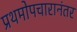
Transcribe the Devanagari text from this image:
प्रथमोपचारानंतर